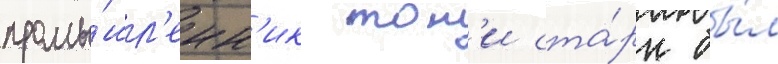
промы́шл'енн'ик тон'и ста́рк бы́л